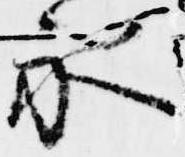
永